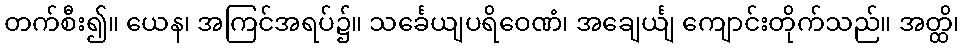
တက်စီး၍။ ယေန၊ အကြင်အရပ်၌။ သင်္ခေယျပရိဝေဏံ၊ အချေင်္ယျ ကျောင်းတိုက်သည်။ အတ္ထိ၊